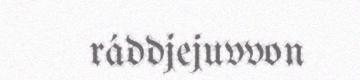
ráddjejuvvon